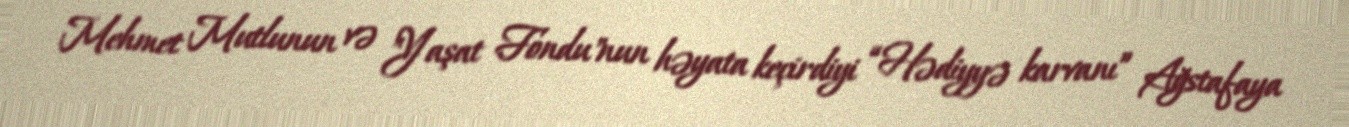
Mehmet Mutlunun və "Yaşat Fondu"nun həyata keçirdiyi “Hədiyyə karvanı” Ağstafaya